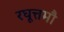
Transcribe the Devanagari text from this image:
रघूत्तमौ